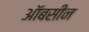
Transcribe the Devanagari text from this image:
ऑबसीन